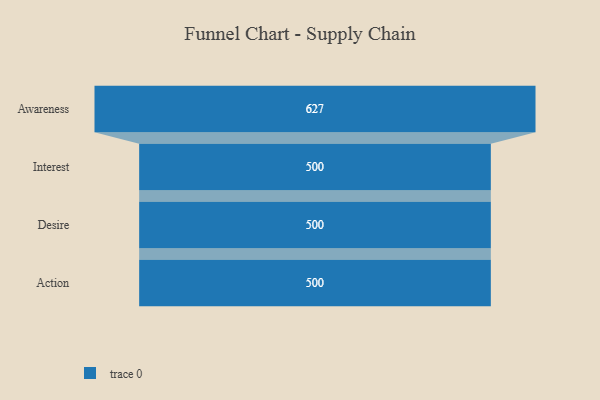
{"axis": {"x": "Stage", "y": "Value"}, "legend": [""], "data": [{"x": "Awareness", "y": 627.0, "type": ""}, {"x": "Interest", "y": 500, "type": ""}, {"x": "Desire", "y": 500, "type": ""}, {"x": "Action", "y": 500, "type": ""}]}